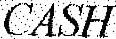
CASH